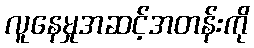
လူနေမှုအဆင့်အတန်းကို